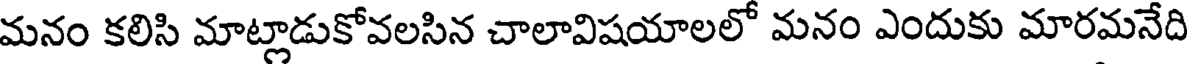
మనం కలిసి మాట్లాడుకోవలసిన చాలావిషయాలలో మనం ఎందుకు మారమనేది